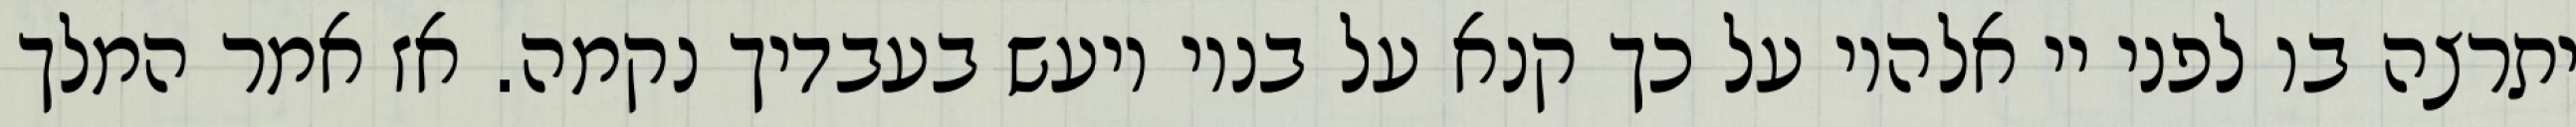
יתרצה בו לפני יי אלהיו על כך קנא על בניו ויעש בעבדיך נקמה. אז אמר המלך